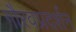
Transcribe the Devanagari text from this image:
गौरवप्रदर्शन